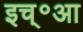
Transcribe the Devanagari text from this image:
इच्॰आ